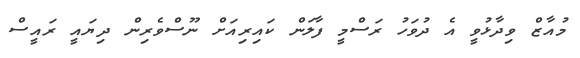
މުއާޒް ވިދާޅުވީ އެ ދުވަހު ރަސްމީ ފާލަން ކައިރިއަށް ނޫސްވެރިން ދިޔައީ ރައީސް